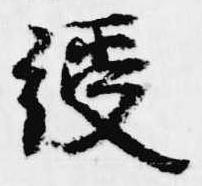
綬